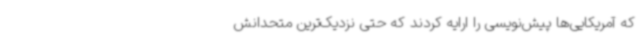
که آمریکایی‌ها پیش‌نویسی را ارایه کردند که حتی نزدیک‌ترین متحدانش